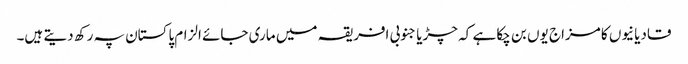
قادیانیوں کا مزاج یوں بن چکا ہے کہ چڑیا جنوبی افریقہ میں ماری جائے الزام پاکستان پہ رکھ دیتے ہیں۔